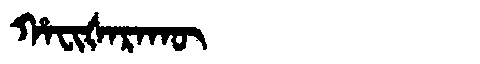
Manchu: ᡥᠠᠸᡳᡧᠠᡵᠠᡴᡡ
Romanization: HAFIŠARAKŪ